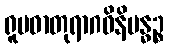
ရူပဓာတုရာဂဝိနိဗန္ဓဉ္စ